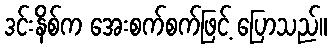
ဒင်းနိစ်က အေးစက်စက်ဖြင့် ပြောသည်။